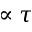
\propto \tau